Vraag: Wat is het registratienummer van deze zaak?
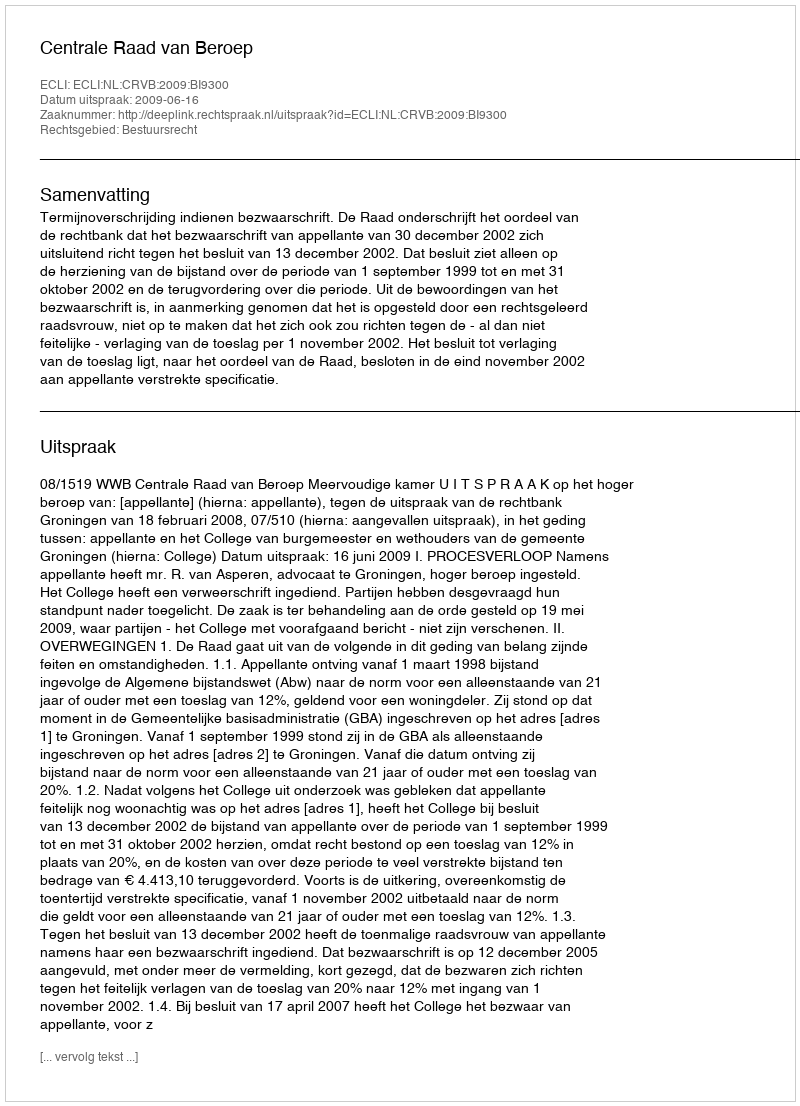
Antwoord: http://deeplink.rechtspraak.nl/uitspraak?id=ECLI:NL:CRVB:2009:BI9300